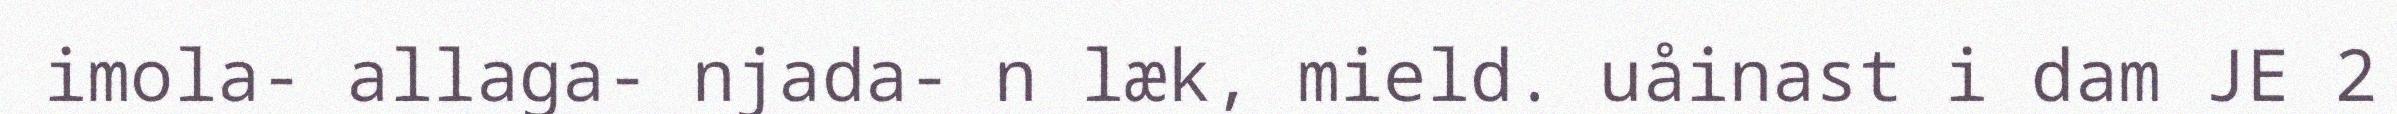
imola- allaga- njada- n læk, mield. uåinast i dam JE 2